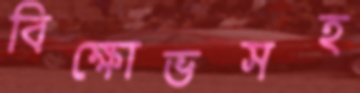
বিক্ষোভসহ